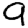
Digit: 9